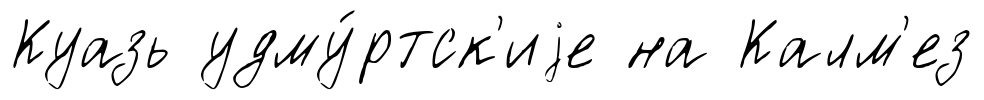
Куазь удму́ртск'иjе на Калм'ез